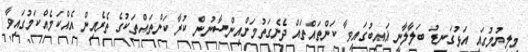
މިލިޔުމުގައި އަޅުގަނޑު ބަލާލާނީ ޣައިބުގައިވާ ކަންތައްތައް ދެނެގަތުމަށްއިންސާނުން ކުރާ ކަންތައްތަކުގެ ތެރެއިން އެއްކަމެއްކަމުގައިވާ